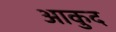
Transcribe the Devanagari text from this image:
आकुद